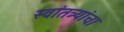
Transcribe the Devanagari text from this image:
स्वांतत्र्यांचा